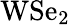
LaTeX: \mathrm{WSe_{2}}